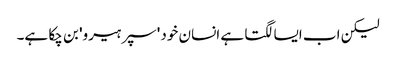
لیکن اب ایسا لگتا ہے انسان خود 'سپر ہیرو' بن چکا ہے۔